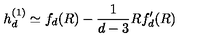
h _ { d } ^ { ( 1 ) } \simeq f _ { d } ( R ) - \frac { 1 } { d - 3 } R f _ { d } ^ { \prime } ( R )